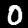
Digit: 0